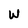
Character: W